Document type: Sale
Year: 1451
Scribe: [Unknown]
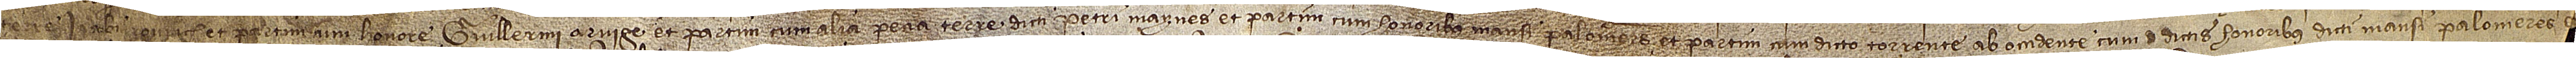
terre Iacobi Rourach, et partim cum honore Guillermi Arvige, et partim cum alia pecia terre dicti Petri Maynes,et partim cum honoribus Mansi Palomeres, et partim cum dicto torrente; ab occidente cum dictis honoribus dicti Mansi Palomeres [et etiam]